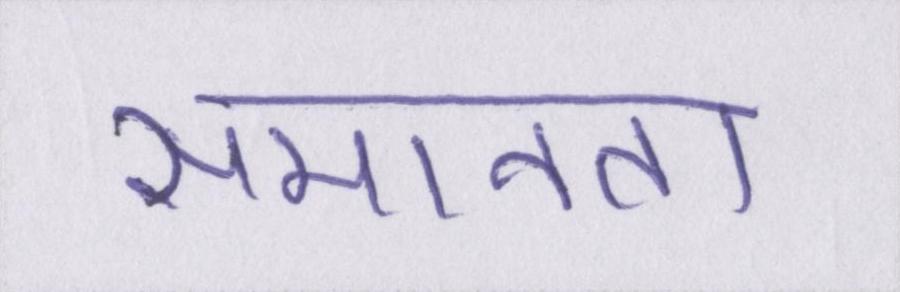
समानता